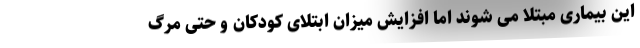
این بیماری مبتلا می شوند اما افزایش میزان ابتلای کودکان و حتی مرگ